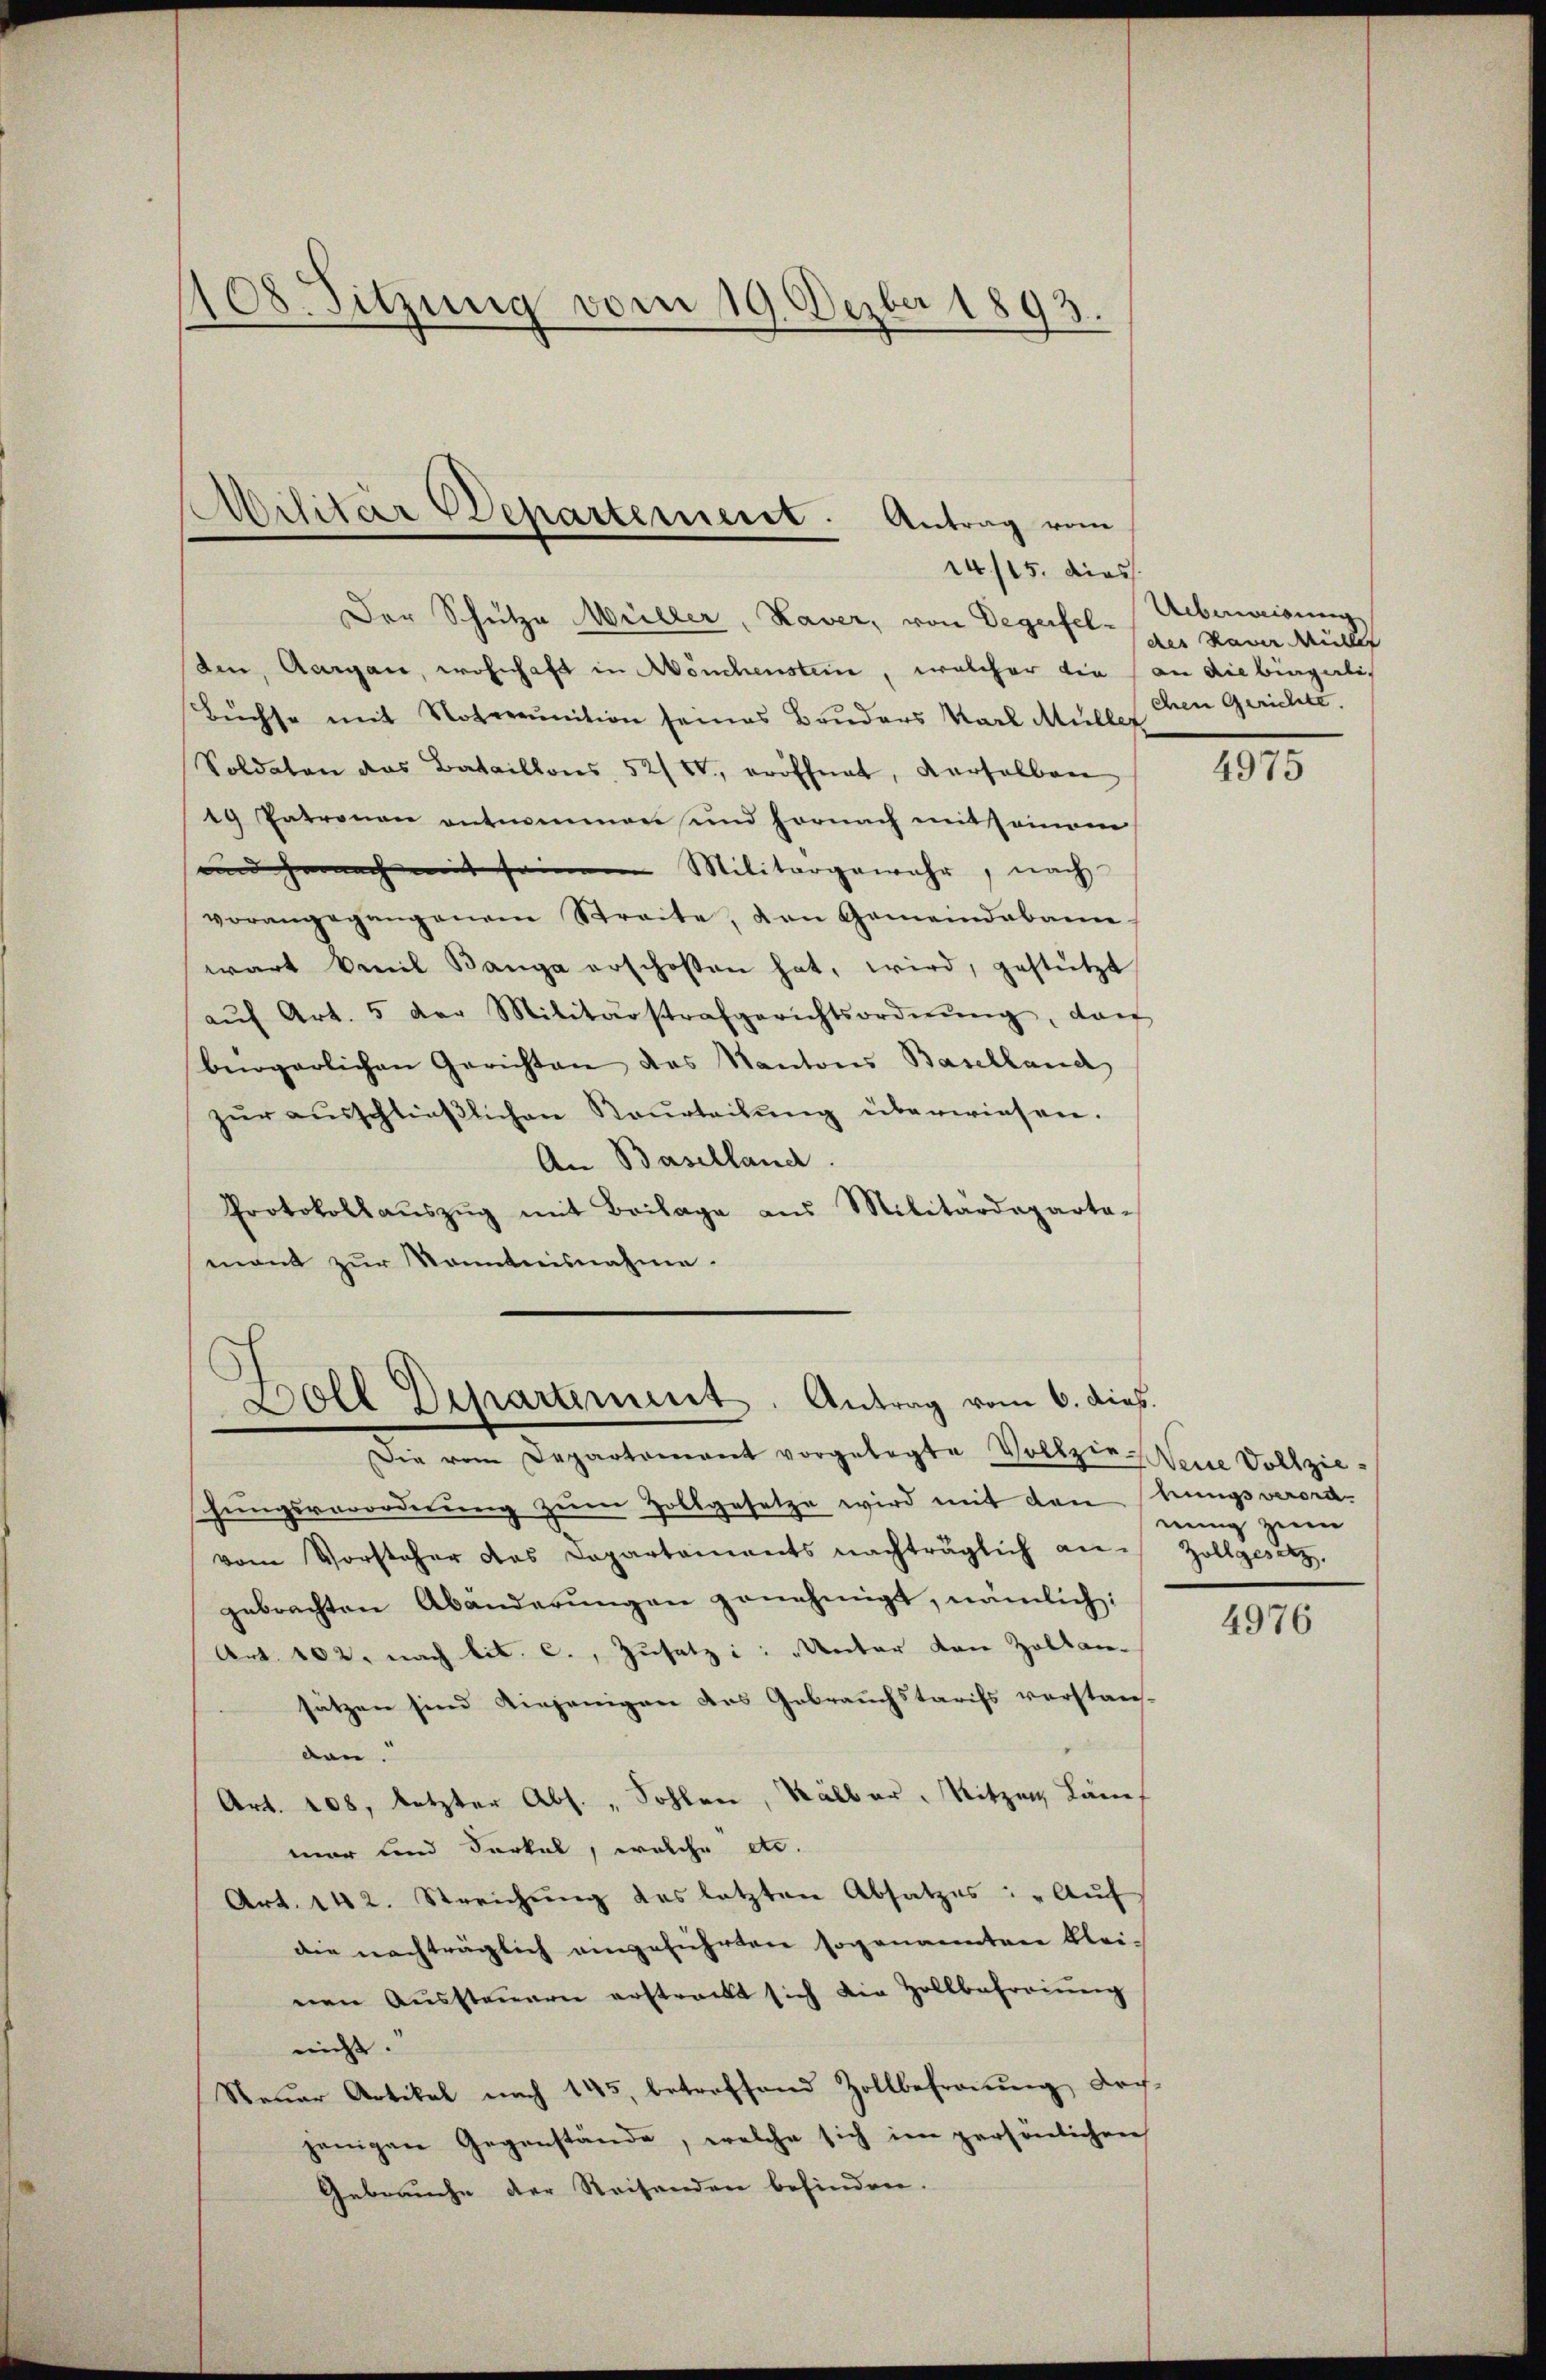
108. Sitzung vom 19. Dezbr 1893.

Militär Departement. Antrag vom
14/15. dies

Der Schutza Müller, Kaver, von Degerfelden, Aargau, wohnhaft in Mönchenstein, welcher die an die bingelis
Büchse mit Noterunition seines Bruders Karl Müller
Soldaten das Bataillons 52/IV, eröffnet, derselben
19 Patronau entnommen und hornach mit seinem
und hernach mit seinem Militärgewahr, nach
vorangegangenem Streite, den Gemeindebann
wart beil Banga erschosen hat, wird, gestützt
aŭf Art. 5 der Militärstrafgerichtsordnŭng, dan
bergerlichen Gerichten das Kantons Baselland
zŭr aŭsschlieβlichen Raŭrteilŭng überwiesen.
An Baselland.
Protokollaŭszŭg mit Beilage aus Militärdeparta-
mant zur Kenntnisnahme.

Boll Departement. Antrag vom 6. dies.
Die vom Departement vorgelegte Vollzie-Neue Vollzie-

hŭngsverordnŭng zŭm Zollgesetze wird mit den Brungsverord-
vom Vorsteher das Capartaments nachträglich an Zollgesetz
gebrachten Abänderungen genehmigt, nämlich:
Art. 102. nach lit. c., Zusatz : „Unter von Zollansätzen sind diejenigen des Gebrauchstarifs vorstauf-
von.
Art. 108, letzter Abs. „ Sohlen, Kälber. Nitzen Länes
mar und Ferkel, welche etc.
Art. 142. Streichung des letzten Absatzes: „Auf
die nachträglich eingeführten sogenannten klei-
nen Aussteuern erstrackt sich die Zollbefreiung
nicht.
Steŭer Artikal nach 145, betroffend Zollbefraŭŭng doch
jenigen Gegenstände, welche sich im persönlichen
Gebrauche der Reisenden befinden.

Ueberweisung
des Kamer Mülle
chen Gerichte.

4975

nung zum

4976